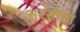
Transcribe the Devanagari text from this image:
सरसींवा